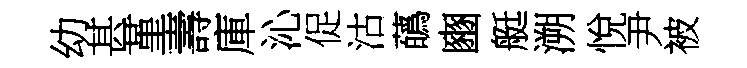
幼甚堇壽庫沁促沽蘤豳艇溯悅尹被